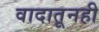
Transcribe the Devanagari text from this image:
वादातूनही